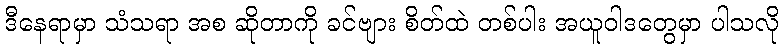
ဒီနေရာမှာ သံသရာ အစ ဆိုတာကို ခင်ဗျား စိတ်ထဲ တစ်ပါး အယူဝါဒတွေမှာ ပါသလို